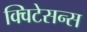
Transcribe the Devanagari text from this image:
क्विटेसन्स